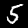
Label: 5